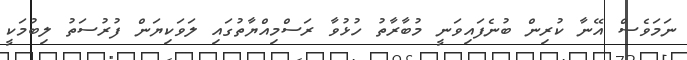
ނަމަވެސް އޭނާ ކުރިން ބުނެފައިވަނީ މުބާރާތު ހުޅުވާ ރަސްމިއްޔާތުގައި ލަވަކިޔަން ފުރުސަތު ލިބުމަކީ